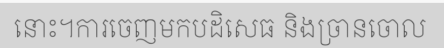
នោះ។ការចេញមកបដិសេធ និងច្រានចោល